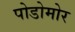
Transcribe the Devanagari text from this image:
पोडोमोर